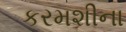
કરમશીના